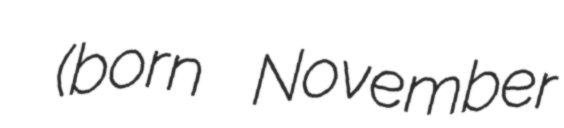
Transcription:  (born November